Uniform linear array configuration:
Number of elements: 8
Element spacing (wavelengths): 1
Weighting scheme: kaiser
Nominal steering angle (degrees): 45
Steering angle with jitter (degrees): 45.555
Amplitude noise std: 0.05
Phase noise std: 0.05

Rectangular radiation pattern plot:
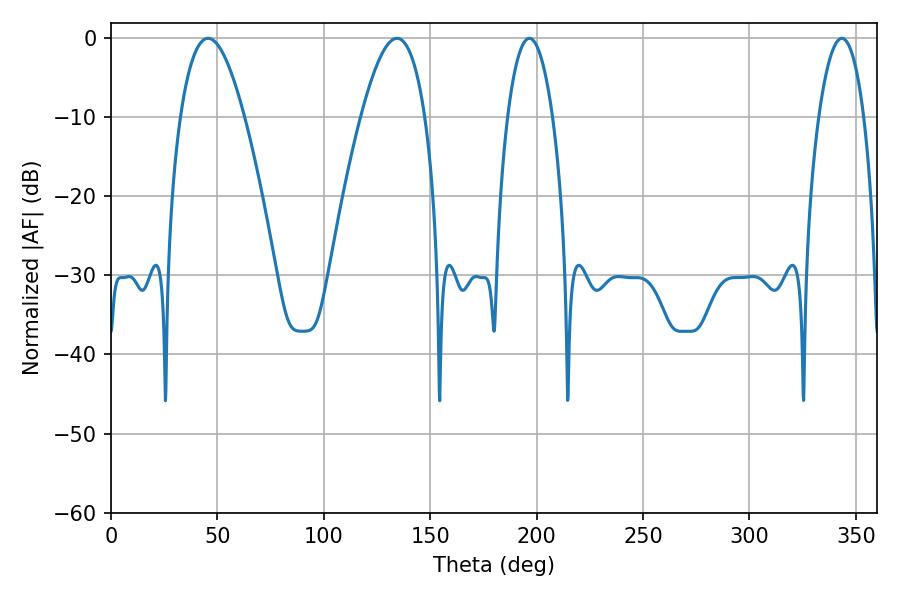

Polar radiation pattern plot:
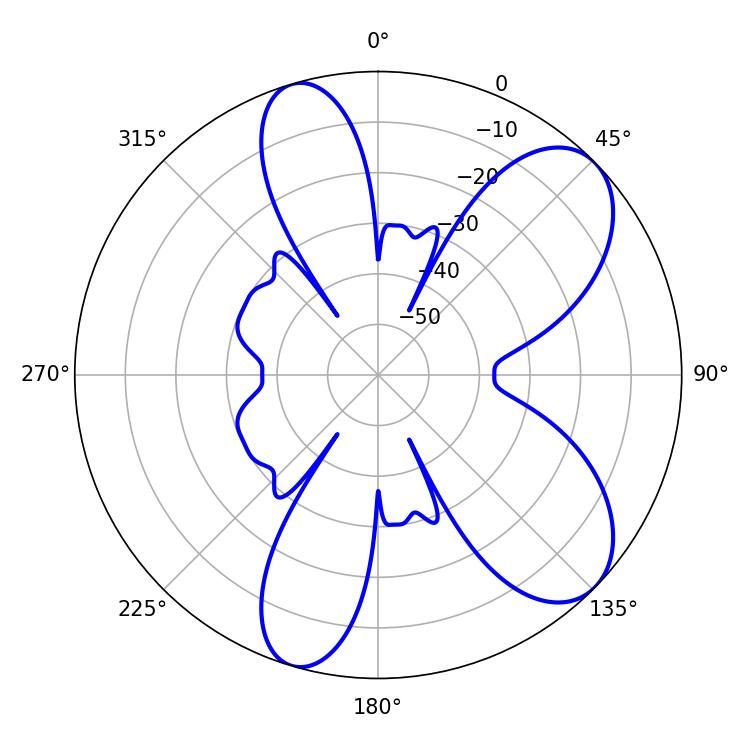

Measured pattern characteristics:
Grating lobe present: TRUE
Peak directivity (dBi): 7.955
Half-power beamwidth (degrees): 11.7
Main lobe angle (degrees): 196.56